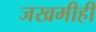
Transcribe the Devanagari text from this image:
जखमीही